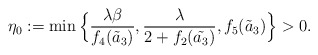
\begin{align*}\eta_0:=\min\Big\{\frac{\lambda\beta}{f_4(\tilde{a}_3)},\frac{\lambda}{2+f_2(\tilde{a_3})},f_5(\tilde{a}_3)\Big\}>0.\end{align*}